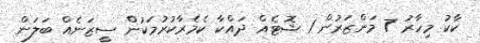
ކާކު މިހާރު 7 މަންޒަރުން 1 ޝޮޓެއް ދައްކާ ކެމެރާކުރުމަކުން ސީޒަނެއް ބަލަން